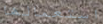
استعمالها